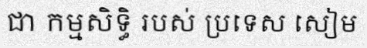
ជា កម្មសិទ្ធិ របស់ ប្រទេស សៀម